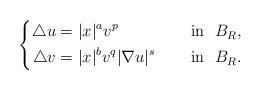
LaTeX: \begin{align*}\left\{\begin{aligned}\triangle u&=|x|^av^p &&\quad\mbox{ in }\ B_{R}, \\\triangle v&=|x|^{b}v^q|\nabla u|^{s} &&\quad\mbox{ in }\ B_{R}.\end{aligned}\right.\end{align*}